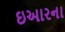
ઇઆરના